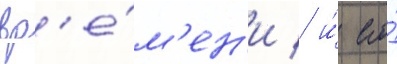
вр'е́м'ен'и / и́ его́